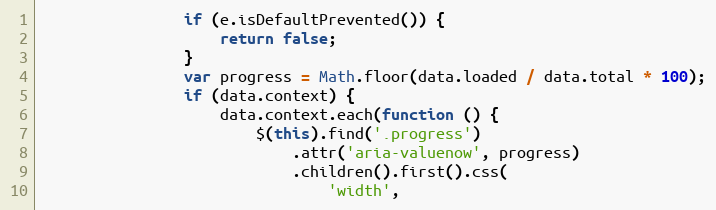
Language: JavaScript
                if (e.isDefaultPrevented()) {
                    return false;
                }
                var progress = Math.floor(data.loaded / data.total * 100);
                if (data.context) {
                    data.context.each(function () {
                        $(this).find('.progress')
                            .attr('aria-valuenow', progress)
                            .children().first().css(
                                'width',